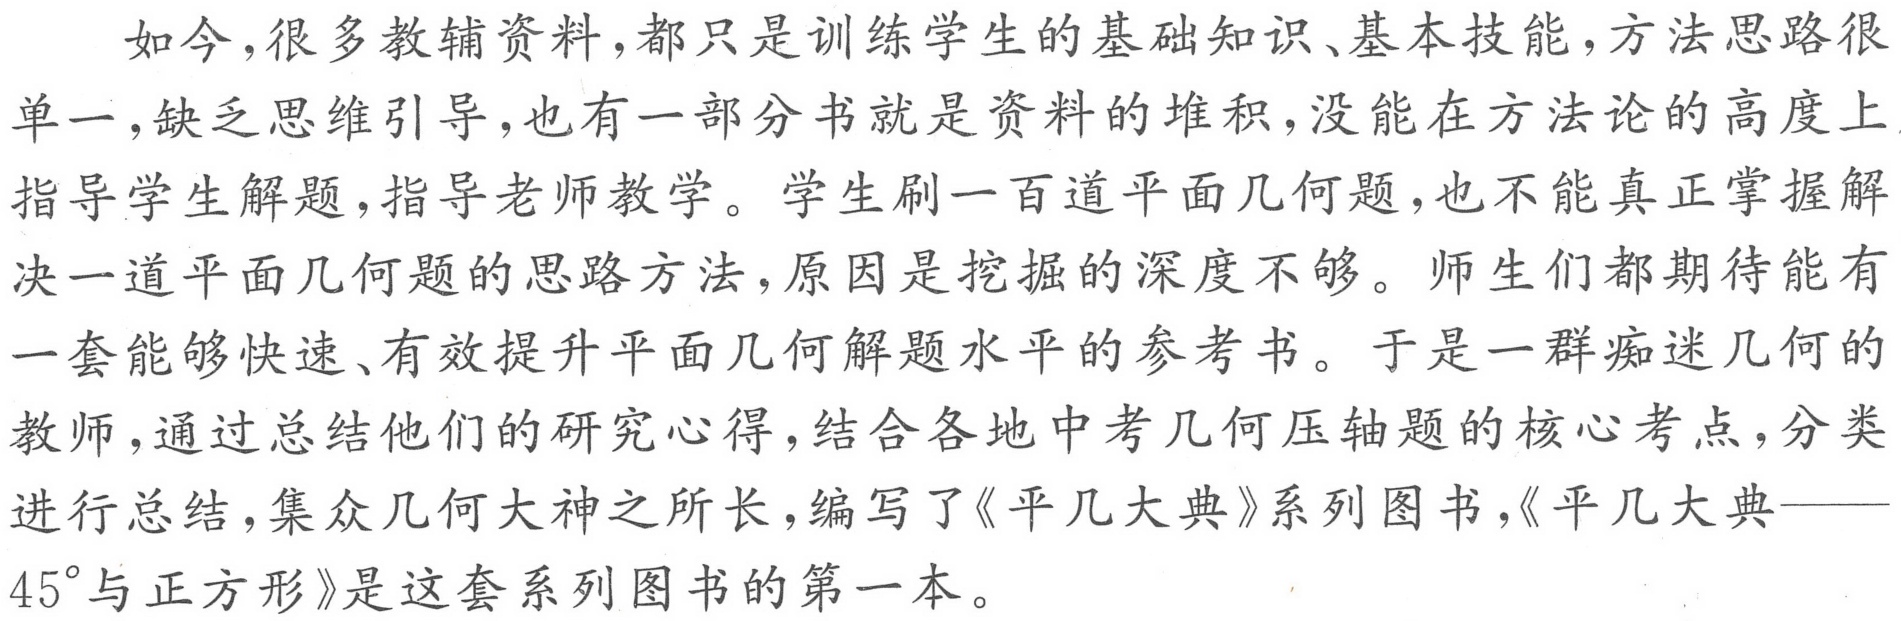
如今，很多教辅资料，都只是训练学生的基础知识、基本技能，方法思路很
单一，缺乏思维引导，也有一部分书就是资料的堆积，没能在方法论的高度上
指导学生解题，指导老师教学。学生刷一百道平面几何题，也不能真正掌握解
决一道平面几何题的思路方法，原因是挖掘的深度不够。师生们都期待能有
一套能够快速、有效提升平面几何解题水平的参考书。于是一群痴迷几何的
教师，通过总结他们的研究心得，结合各地中考几何压轴题的核心考点，分类
进行总结，集众几何大神之所长，编写了《平几大典》系列图书，《平几大典——
\(45^{\circ}\)与正方形》是这套系列图书的第一本。